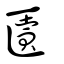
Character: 匵